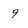
Character: 9